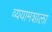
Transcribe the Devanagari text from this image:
व्ययामशाला